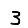
Digit: 3